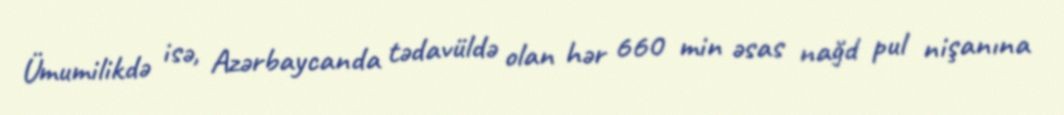
Ümumilikdə isə, Azərbaycanda tədavüldə olan hər 660 min əsas nağd pul nişanına